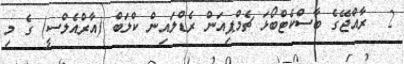
2  ރާއްޖޭގެ ބާސްކެޓްބޯޅަ ޗެމްޕިއަން ރެޑްލައިން ކްލަބް (އާރްއެލްސީ) ގެ މި